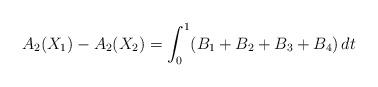
LaTeX: \begin{align*}A_{2}(X_1) -A_{2}(X_2) = \int_0^1( B_1+B_2+B_3+B_4)\,dt\end{align*}